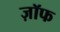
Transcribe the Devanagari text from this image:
ज़ॉफ